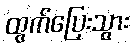
ထွက်ပြေးသွား